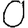
Digit: 0